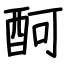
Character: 酠